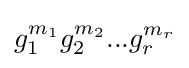
g_{1}^{m_{1}}g_{2}^{m_{2}}...g_{r}^{m_{r}}